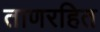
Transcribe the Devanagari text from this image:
ताणरहित